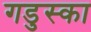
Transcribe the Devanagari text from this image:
गडुस्का